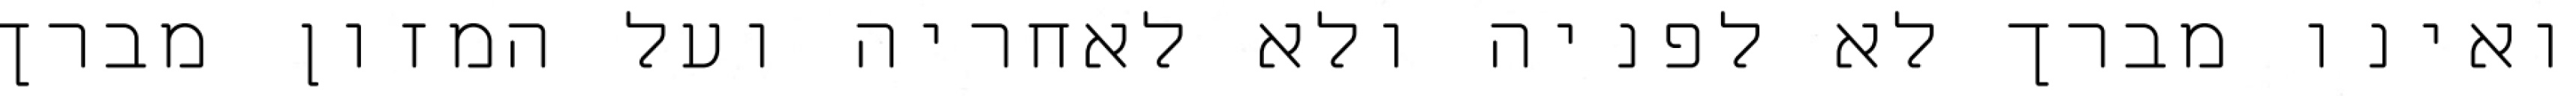
ואינו מברך לא לפניה ולא לאחריה ועל המזון מברך